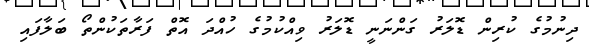
ދިނުމުގެ ކުރިން ޑޮލަރު ގަންނަނީ ޑޮލަރު ވިއްކުމުގެ ހުއްދަ އޮތް ފަރާތަކުންތޯ ބަލާފައި